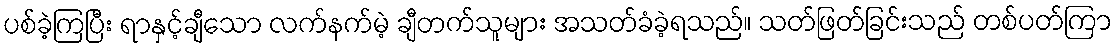
ပစ်ခဲ့ကြပြီး ရာနှင့်ချီသော လက်နက်မဲ့ ချီတက်သူများ အသတ်ခံခဲ့ရသည်။ သတ်ဖြတ်ခြင်းသည် တစ်ပတ်ကြာ